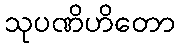
သုပဏိဟိတော